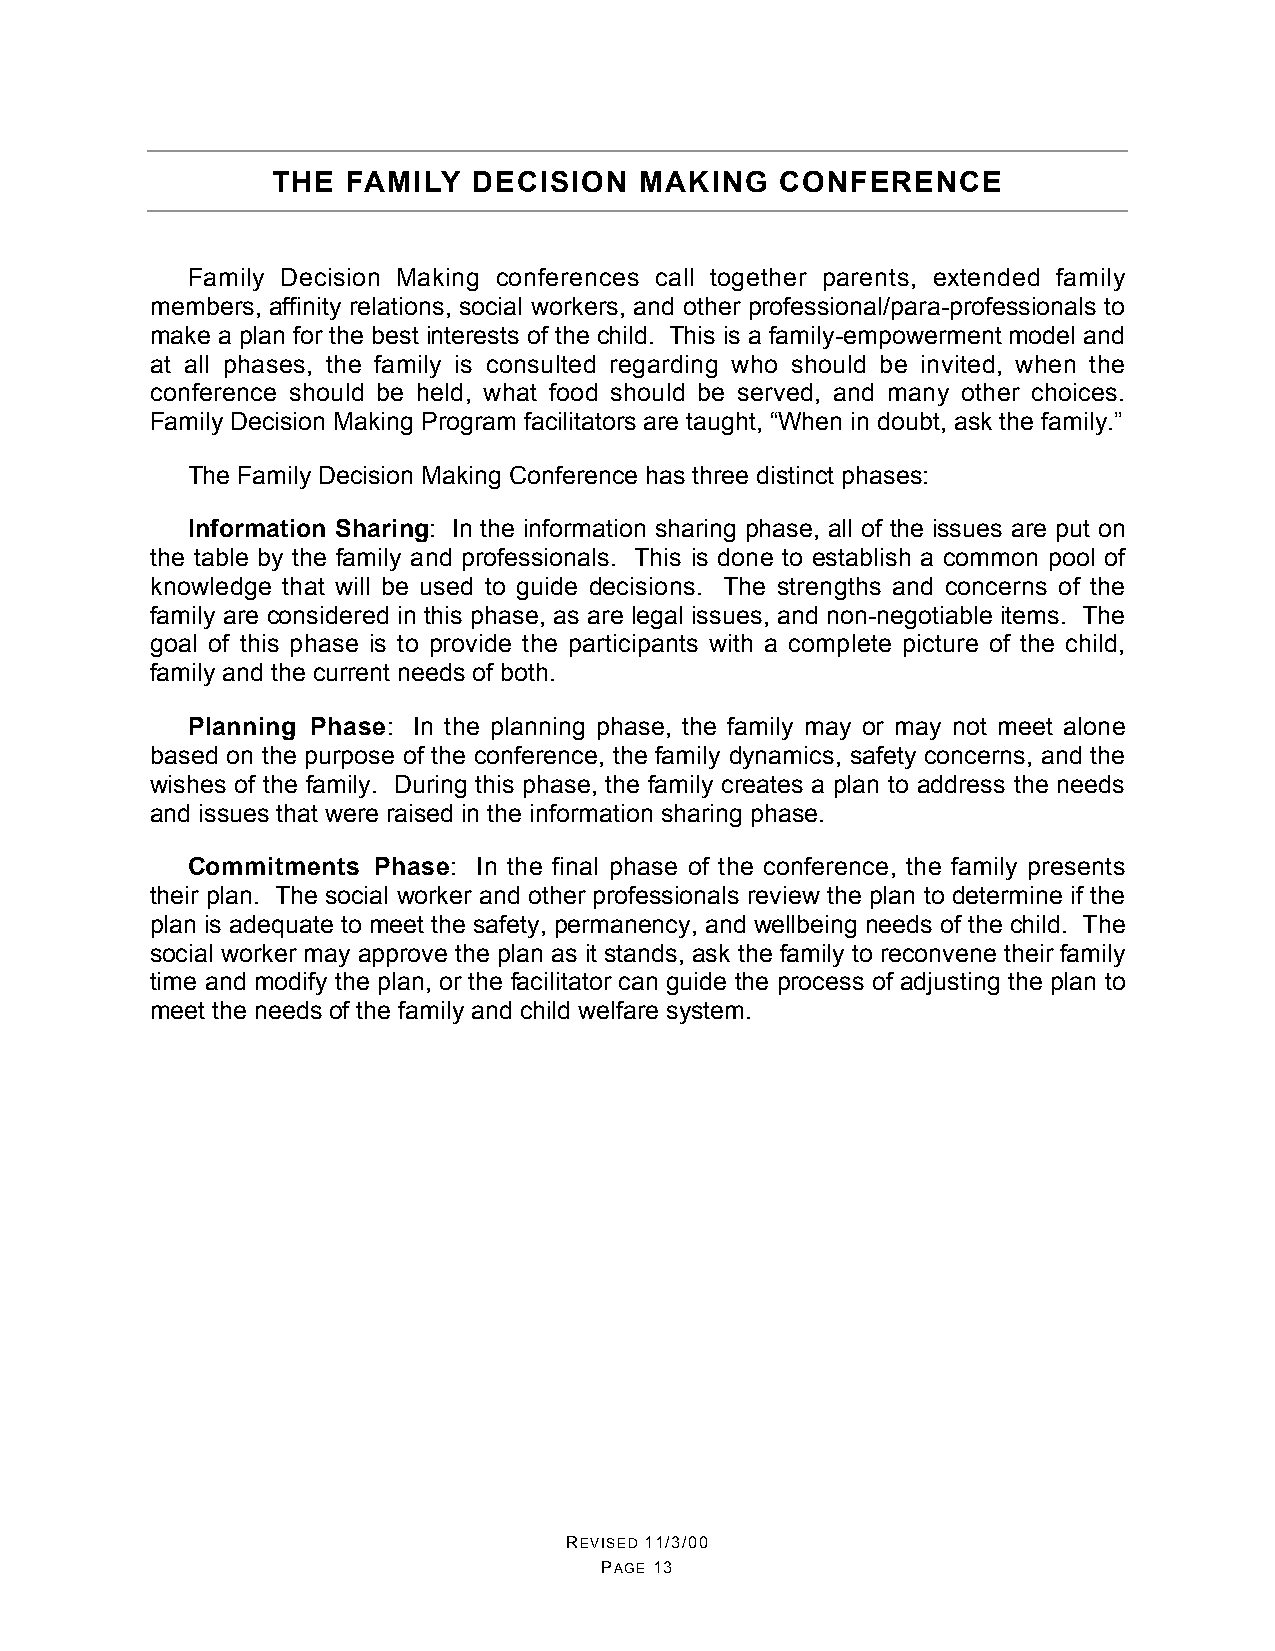
THE  FAMILY  DECISION   MAKING    CONFERENCE
 Family Decision Making conferences call together parents, extended family
 members, affinity relations, social workers, and other professional/para-professionals to
 make a plan for the best interests of the child. This is a family-empowerment model and
 at all phases, the family is consulted regarding who should be invited, when the
 conference should be held, what food should be served, and many other choices.
 Family Decision Making Program facilitators are taught, “When in doubt, ask the family.”
 The Family Decision Making Conference has three distinct phases:
 Information Sharing: In the information sharing phase, all of the issues are put on
 the table by the family and professionals. This is done to establish a common pool of
 knowledge that will be used to guide decisions. The strengths and concerns of the
 family are considered in this phase, as are legal issues, and non-negotiable items. The
 goal of this phase is to provide the participants with a complete picture of the child,
 family and the current needs of both.
 Planning Phase: In the planning phase, the family may or may not meet alone
 based on the purpose of the conference, the family dynamics, safety concerns, and the
 wishes of the family. During this phase, the family creates a plan to address the needs
 and issues that were raised in the information sharing phase.
 Commitments  Phase: In the final phase of the conference, the family presents
 their plan. The social worker and other professionals review the plan to determine if the
 plan is adequate to meet the safety, permanency, and wellbeing needs of the child. The
 social worker may approve the plan as it stands, ask the family to reconvene their family
 time and modify the plan, or the facilitator can guide the process of adjusting the plan to
 meet the needs of the family and child welfare system.
 REVISED 11/3/00
 PAGE 13